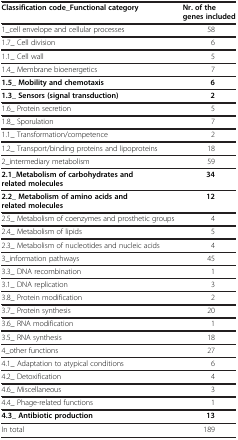
<table><thead><tr><td><b>Classification code_Functional category</b></td><td><b>Nr. of the genes included</b></td></tr></thead><tbody><tr><td>1_cell envelope and cellular processes</td><td>58</td></tr><tr><td>1.7_ Cell division</td><td>6</td></tr><tr><td>1.1_ Cell wall</td><td>5</td></tr><tr><td>1.4_ Membrane bioenergetics</td><td>7</td></tr><tr><td><b>1.5_ Mobility and chemotaxis</b></td><td><b>6</b></td></tr><tr><td><b>1.3_ Sensors (signal transduction)</b></td><td><b>2</b></td></tr><tr><td>1.6_ Protein secretion</td><td>5</td></tr><tr><td>1.8_ Sporulation</td><td>7</td></tr><tr><td>1.1_ Transformation/competence</td><td>2</td></tr><tr><td>1.2_ Transport/binding proteins and lipoproteins</td><td>18</td></tr><tr><td>2_intermediary metabolism</td><td>59</td></tr><tr><td><b>2.1_Metabolism of carbohydrates and related molecules</b></td><td><b>34</b></td></tr><tr><td><b>2.2_ Metabolism of amino acids and related molecules</b></td><td><b>12</b></td></tr><tr><td>2.5_ Metabolism of coenzymes and prosthetic groups</td><td>4</td></tr><tr><td>2.4_ Metabolism of lipids</td><td>5</td></tr><tr><td>2.3_ Metabolism of nucleotides and nucleic acids</td><td>4</td></tr><tr><td>3_information pathways</td><td>45</td></tr><tr><td>3.3_ DNA recombination</td><td>1</td></tr><tr><td>3.1_ DNA replication</td><td>3</td></tr><tr><td>3.8_ Protein modification</td><td>2</td></tr><tr><td>3.7_ Protein synthesis</td><td>20</td></tr><tr><td>3.6_ RNA modification</td><td>1</td></tr><tr><td>3.5_ RNA synthesis</td><td>18</td></tr><tr><td>4_other functions</td><td>27</td></tr><tr><td>4.1_ Adaptation to atypical conditions</td><td>6</td></tr><tr><td>4.2_ Detoxification</td><td>4</td></tr><tr><td>4.6_ Miscellaneous</td><td>3</td></tr><tr><td>4.4_ Phage-related functions</td><td>1</td></tr><tr><td><b>4.3_ Antibiotic production</b></td><td><b>13</b></td></tr><tr><td>In total</td><td>189</td></tr></tbody></table>